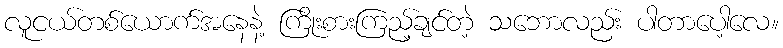
လူငယ်တစ်ယောက်အနေနဲ့ ကြိုးစားကြည့်ချင်တဲ့ သဘောလည်း ပါတာပေါ့လေ။